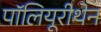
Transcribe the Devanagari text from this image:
पॉलियूरीथेन